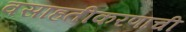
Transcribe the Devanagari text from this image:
वसाहतीकरणाची